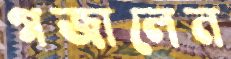
গজালেন